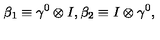
{ \beta } _ { 1 } \equiv { \gamma } ^ { 0 } \otimes I , { \beta } _ { 2 } \equiv I \otimes { \gamma } ^ { 0 } ,